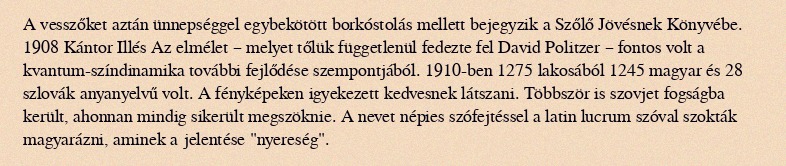
A vesszőket aztán ünnepséggel egybekötött borkóstolás mellett bejegyzik a Szőlő Jövésnek Könyvébe. 1908 Kántor Illés Az elmélet – melyet tőlük függetlenül fedezte fel David Politzer – fontos volt a kvantum-színdinamika további fejlődése szempontjából. 1910-ben 1275 lakosából 1245 magyar és 28 szlovák anyanyelvű volt. A fényképeken igyekezett kedvesnek látszani. Többször is szovjet fogságba került, ahonnan mindig sikerült megszöknie. A nevet népies szófejtéssel a latin lucrum szóval szokták magyarázni, aminek a jelentése "nyereség".